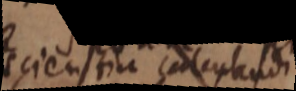
cienstia corceptasdi